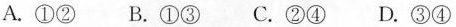
A.①② B.①③ C.②④ D.③④